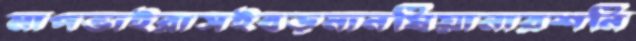
মাপভাইরাসইবড়মানষিয়ানারশনি